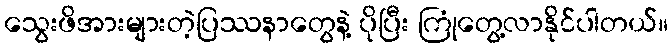
သွေးဖိအားများတဲ့ပြဿနာတွေနဲ့ ပိုပြီး ကြုံတွေ့လာနိုင်ပါတယ်။